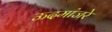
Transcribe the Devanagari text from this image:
ऊदमांजरे